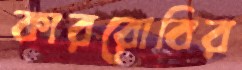
কাররোবির